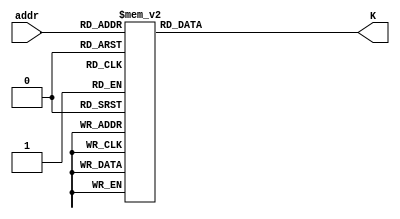
module sha256_k_constants(
                          input wire  [5 : 0] addr,
                          output wire [31 : 0] K
                         );

  //----------------------------------------------------------------
  // Wires.
  //----------------------------------------------------------------
  reg [31 : 0] tmp_K;


  //----------------------------------------------------------------
  // Concurrent connectivity for ports etc.
  //----------------------------------------------------------------
  assign K = tmp_K;


  //----------------------------------------------------------------
  // addr_mux
  //----------------------------------------------------------------
  always @*
    begin : addr_mux
      case(addr)
        00: tmp_K = 32'h428a2f98;
        01: tmp_K = 32'h71374491;
        02: tmp_K = 32'hb5c0fbcf;
        03: tmp_K = 32'he9b5dba5;
        04: tmp_K = 32'h3956c25b;
        05: tmp_K = 32'h59f111f1;
        06: tmp_K = 32'h923f82a4;
        07: tmp_K = 32'hab1c5ed5;
        08: tmp_K = 32'hd807aa98;
        09: tmp_K = 32'h12835b01;
        10: tmp_K = 32'h243185be;
        11: tmp_K = 32'h550c7dc3;
        12: tmp_K = 32'h72be5d74;
        13: tmp_K = 32'h80deb1fe;
        14: tmp_K = 32'h9bdc06a7;
        15: tmp_K = 32'hc19bf174;
        16: tmp_K = 32'he49b69c1;
        17: tmp_K = 32'hefbe4786;
        18: tmp_K = 32'h0fc19dc6;
        19: tmp_K = 32'h240ca1cc;
        20: tmp_K = 32'h2de92c6f;
        21: tmp_K = 32'h4a7484aa;
        22: tmp_K = 32'h5cb0a9dc;
        23: tmp_K = 32'h76f988da;
        24: tmp_K = 32'h983e5152;
        25: tmp_K = 32'ha831c66d;
        26: tmp_K = 32'hb00327c8;
        27: tmp_K = 32'hbf597fc7;
        28: tmp_K = 32'hc6e00bf3;
        29: tmp_K = 32'hd5a79147;
        30: tmp_K = 32'h06ca6351;
        31: tmp_K = 32'h14292967;
        32: tmp_K = 32'h27b70a85;
        33: tmp_K = 32'h2e1b2138;
        34: tmp_K = 32'h4d2c6dfc;
        35: tmp_K = 32'h53380d13;
        36: tmp_K = 32'h650a7354;
        37: tmp_K = 32'h766a0abb;
        38: tmp_K = 32'h81c2c92e;
        39: tmp_K = 32'h92722c85;
        40: tmp_K = 32'ha2bfe8a1;
        41: tmp_K = 32'ha81a664b;
        42: tmp_K = 32'hc24b8b70;
        43: tmp_K = 32'hc76c51a3;
        44: tmp_K = 32'hd192e819;
        45: tmp_K = 32'hd6990624;
        46: tmp_K = 32'hf40e3585;
        47: tmp_K = 32'h106aa070;
        48: tmp_K = 32'h19a4c116;
        49: tmp_K = 32'h1e376c08;
        50: tmp_K = 32'h2748774c;
        51: tmp_K = 32'h34b0bcb5;
        52: tmp_K = 32'h391c0cb3;
        53: tmp_K = 32'h4ed8aa4a;
        54: tmp_K = 32'h5b9cca4f;
        55: tmp_K = 32'h682e6ff3;
        56: tmp_K = 32'h748f82ee;
        57: tmp_K = 32'h78a5636f;
        58: tmp_K = 32'h84c87814;
        59: tmp_K = 32'h8cc70208;
        60: tmp_K = 32'h90befffa;
        61: tmp_K = 32'ha4506ceb;
        62: tmp_K = 32'hbef9a3f7;
        63: tmp_K = 32'hc67178f2;
      endcase // case (addr)
    end // block: addr_mux
endmodule